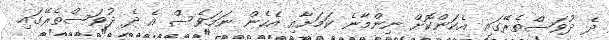
ދެ ދުވަސްތެރޭގައި އެކަންކޮށް ނިންމާނެ ކަމަށާއި އެހެން ނަމަވެސް އެ ދެ ދުވަސްތެރޭގައި